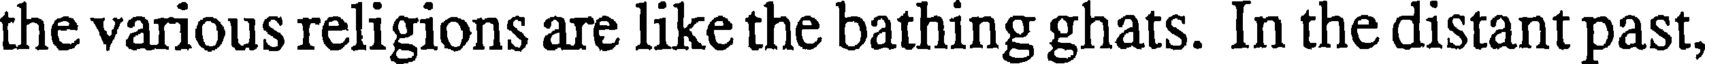
the various religions are like the bathing ghats. In the distant past,